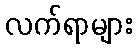
လက်ရာများ